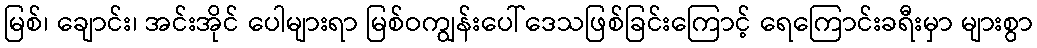
မြစ်၊ ချောင်း၊ အင်းအိုင် ပေါများရာ မြစ်ဝကျွန်းပေါ်ဒေသဖြစ်ခြင်းကြောင့် ရေကြောင်းခရီးမှာ များစွာ